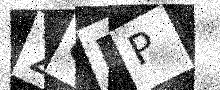
Text: 28RP